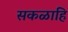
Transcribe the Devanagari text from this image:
सकळाहि